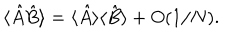
\langle \hat { A } \hat { B } \rangle = \langle \hat { A } \rangle \langle \hat { B } \rangle + O ( 1 / N ) .